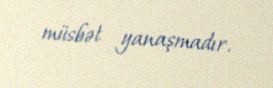
müsbət yanaşmadır.